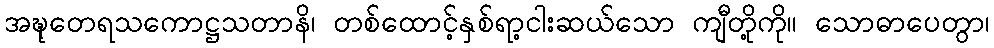
အဍ္ဎုတေရသကောဋ္ဌသတာနိ၊ တစ်ထောင့်နှစ်ရာ့ငါးဆယ်သော ကျီတို့ကို။ သောဓာပေတွာ၊